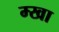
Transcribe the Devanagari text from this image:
म्खा